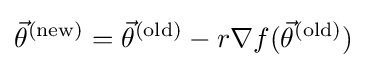
{\vec {\theta }}^{({\text{new}})}={\vec {\theta }}^{({\text{old}})}-r\nabla f({\vec {\theta }}^{({\text{old}})})